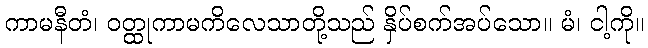
ကာမနီတံ၊ ဝတ္ထုကာမကိလေသာတို့သည် နှိပ်စက်အပ်သော။ မံ၊ ငါ့ကို။